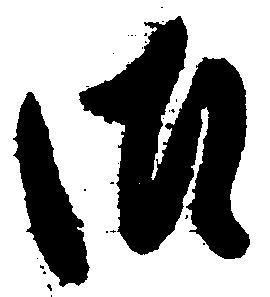
御